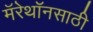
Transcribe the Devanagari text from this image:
मॅरेथॉनसाठी